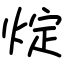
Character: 𤊟